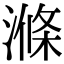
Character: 滌